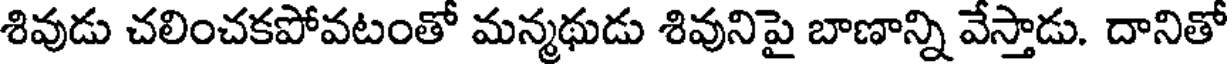
శివుడు చలించకపోవటంతో మన్మథుడు శివునిపై బాణాన్ని వేస్తాడు. దానితో